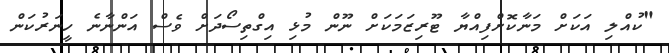
"ކުއްލި އަކަށް މަނާކޮށްފިއްޔާ ޓޫރިޒަމަކަށް ނޫން މުޅި އިގްތިސޯދަށް ވެސް އަންނާނެ ހީނަރުކަން